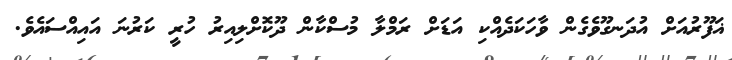
ޣަފޫރުއަށް އުދަނގޫވެގެން ވާހަކަދެއްކި އަޑަށް ރަމްލާ މުސްކާން ދޫކޮށްލިއިރު ހުރީ ކަރުނަ އައިއްސައެވެ.